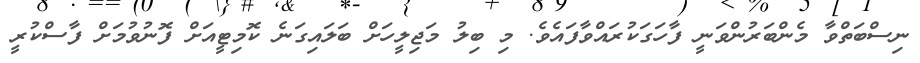
ނިސްބަތްވާ މެންބަރުންވަނީ ފާހަގަކުރައްވާފައެވެ. މި ބިލު މަޖިލީހަށް ބަލައިގަނެ ކޮމިޓީއަށް ފޮނުވުމަށް ފާސްކުރީ